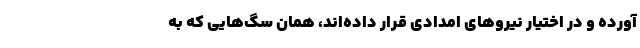
آورده و در اختیار نیروهای امدادی قرار داده‌اند، همان سگ‌هایی که به